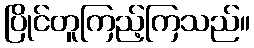
ပြိုင်တူကြည့်ကြသည်။